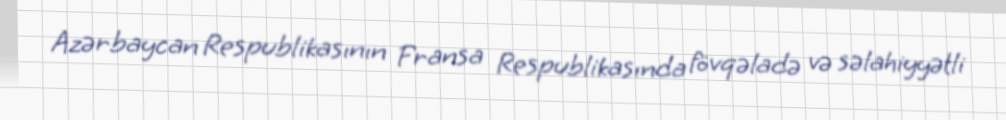
Azərbaycan Respublikasının Fransa Respublikasında fövqəladə və səlahiyyətli